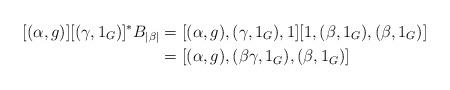
LaTeX: \begin{align*}[(\alpha, g)][(\gamma, 1_G)]^*B_{|\beta|} &= [(\alpha, g), (\gamma, 1_G), 1][1, (\beta, 1_G), (\beta, 1_G)]\\ &= [(\alpha, g), (\beta\gamma, 1_G), (\beta, 1_G)]\end{align*}